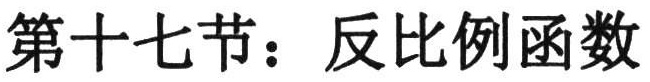
第十七节：反比例函数